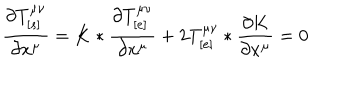
\frac { \partial T _ { [ s ] } ^ { \mu \nu } } { \partial x ^ { \mu } } = K * \frac { \partial T _ { [ e ] } ^ { \mu \nu } } { \partial x ^ { \mu } } + 2 T _ { [ e ] } ^ { \mu \nu } * \frac { \partial K } { \partial x ^ { \mu } } = 0